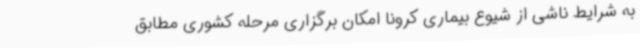
به شرایط ناشی از شیوع بیماری کرونا امکان برگزاری مرحله کشوری مطابق